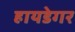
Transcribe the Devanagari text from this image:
हायडेगर